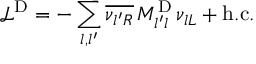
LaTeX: \mathcal { L } ^ { \mathrm { D } } = - \sum _ { l , l ^ { \prime } } \overline { { { \nu _ { { l ^ { \prime } } R } } } } \, M _ { l ^ { \prime } l } ^ { \mathrm { D } } \, \nu _ { { l } L } + \mathrm { h . c . } \,